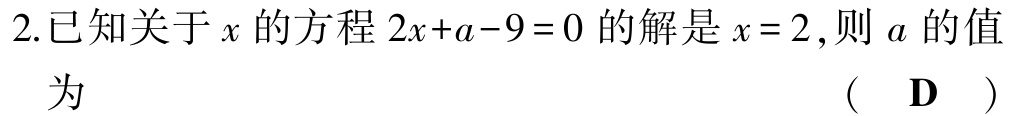
2.已知关于\(x\)的方程\(2x + a - 9 = 0\)的解是\(x = 2\),则\(a\)的值

为 （ D ）